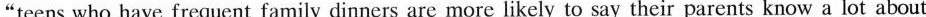
"teens who have frequent family dinners are more likely to say their parents know a lot about